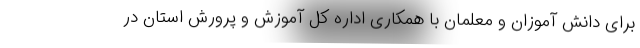
برای دانش آموزان و معلمان با همکاری اداره کل آموزش و پرورش استان در